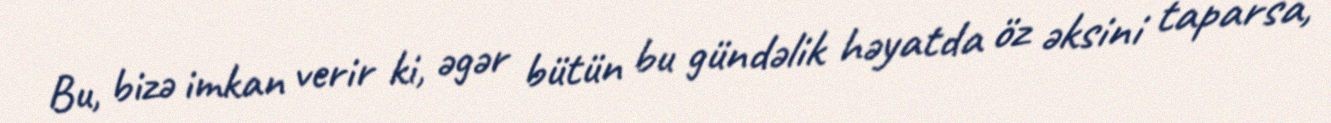
Bu, bizə imkan verir ki, əgər bütün bu gündəlik həyatda öz əksini taparsa,